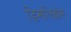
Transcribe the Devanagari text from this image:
डिसलिव्रोस